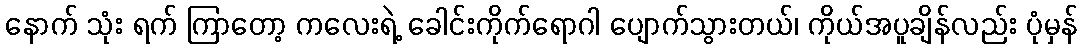
နောက် သုံး ရက် ကြာတော့ ကလေးရဲ့ ခေါင်းကိုက်ရောဂါ ပျောက်သွားတယ်၊ ကိုယ်အပူချိန်လည်း ပုံမှန်